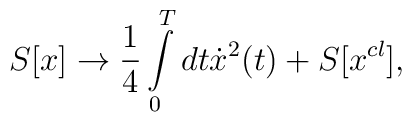
S[x] \to \frac{1}{4}\int\limits_0^T {dt\dot x^2 } (t) + S[x^{cl} ],